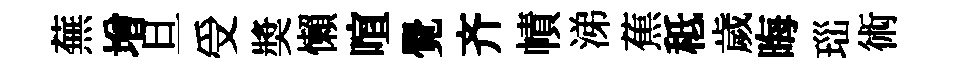
蕪增旦受奬懶喧覺齐幘涕蕉秪歲晦𤤼術